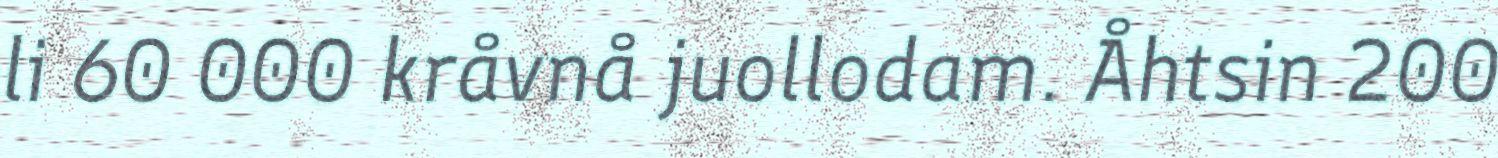
li 60 000 kråvnå juollodam. Åhtsin 200